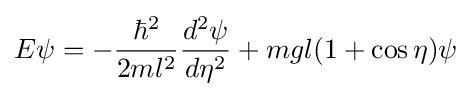
E\psi =-{\frac {\hbar ^{2}}{2ml^{2}}}{\frac {d^{2}\psi }{d\eta ^{2}}}+mgl(1+\cos \eta )\psi